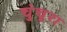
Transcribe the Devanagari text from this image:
चुंचूरा